65_HS1-834228961_62-HQ-83894_Section_1
Agency: FBI
Page 37
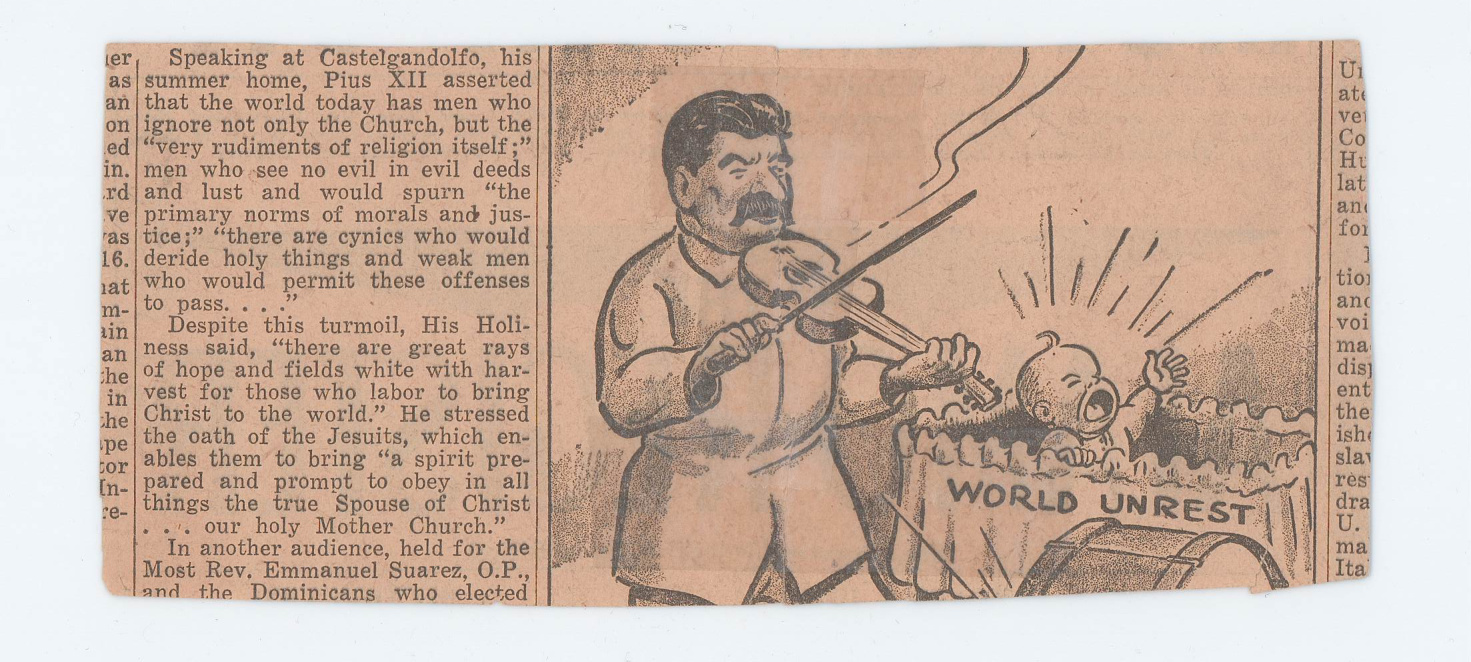